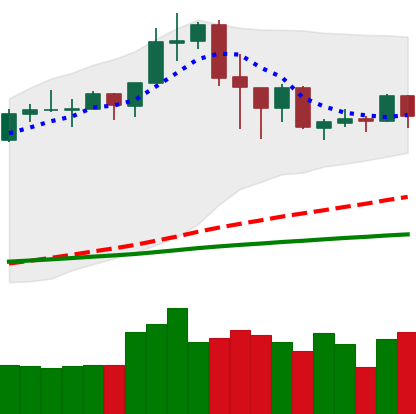
Ticker: ADA-USD
Chart end date: 2020-02-24
Forward return: -19.367%
Label: down_7plus